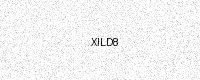
Text: XILD8